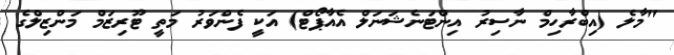
"މާލެ (އިބްރާހިމް ނާސިރު އިންޓަނެޝަނަލް އެއާޕޯޓް) އަކީ ފެންވަރު މަތީ ޓޫރިޒަމް މަންޒިލްގެ